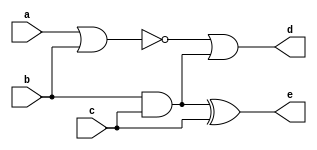
module fun(a, b, c, d, e);
input a,b,c;
output d,e;
wire w1, w2, w3;

or O1(w1, a, b);
and A1(w2, b, c);
not N1(w3, w1);

or O2(d, w3, w2);
xor X1(e, w2, c);
endmodule